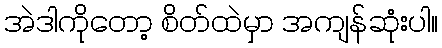
အဲဒါကိုတော့ စိတ်ထဲမှာ အကျန်ဆုံးပါ။